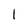
Character: l